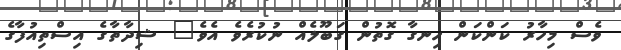
ވެސް މިހާރު ކަންކަން ހިނގާ ގޮތުން ގަބޫލެއް ނުކުރެވެ އެވެ" ޝިދާތާގެ އިސްތިއުފާގެ